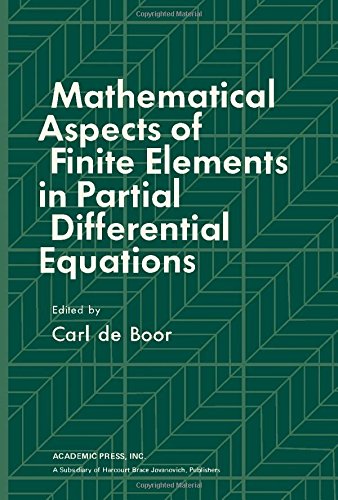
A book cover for Mathematical Aspects of Finite Elements in Partial Differential Equations (Publication of the Mathematics Research Center, University of Wisconsin--Madison ; no. 33); Science & Math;